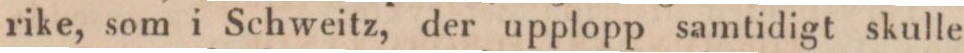
rike, som i Schweitz, der upplopp samtidigt skulle